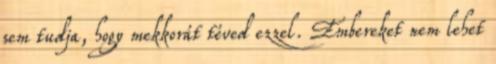
sem tudja, hogy mekkorát téved ezzel. Embereket nem lehet